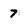
Character: 7